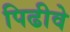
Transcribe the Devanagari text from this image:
पिढीवे